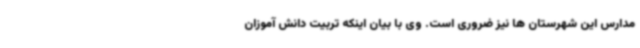
مدارس این شهرستان ها نیز ضروری است. وی با بیان اینکه تربیت دانش آموزان